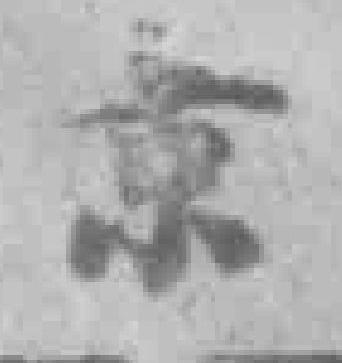
京